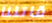
قاتلنا